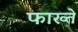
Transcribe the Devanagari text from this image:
फाख्ते